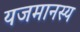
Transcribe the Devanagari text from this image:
यजमानस्य